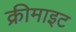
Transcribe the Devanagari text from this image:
क्रीमाइट